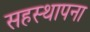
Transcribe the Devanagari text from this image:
सहस्थापना